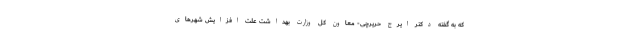
که به گفته دکتر ایرج حریرچی- معاون کل وزارت بهداشت علت افزایش شهرهای